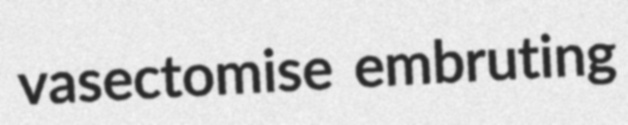
vasectomise embruting